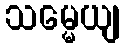
သမ္မေယျ